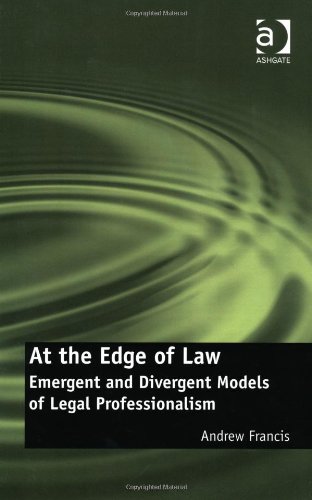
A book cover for At the Edge of Law; Andrew Francis; Law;